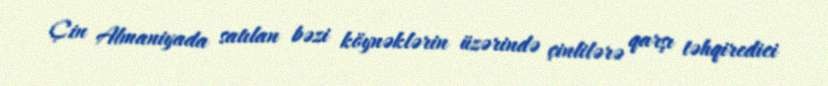
Çin Almaniyada satılan bəzi köynəklərin üzərində çinlilərə qarşı təhqiredici